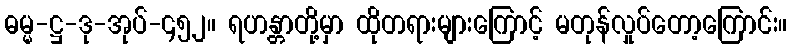
ဓမ္မ-ဋ္ဌ-ဒု-အုပ်-၄၅၂။ ရဟန္တာတို့မှာ ထိုတရားများကြောင့် မတုန်လှုပ်တော့ကြောင်း။